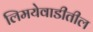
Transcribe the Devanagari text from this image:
लिमयेवाडीतील